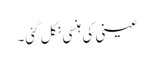
عینی کی ہنسی نکل گئی۔